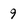
Character: 9